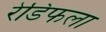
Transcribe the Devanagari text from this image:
रेडिफला